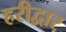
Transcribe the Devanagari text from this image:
हरीद्वार